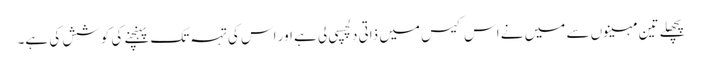
پچھلے تین مہینوں سے میں نے اس کیس میں ذاتی دلچسپی لی ہے اور اس کی تہہ تک پہنچنے کی کوشش کی ہے۔